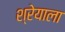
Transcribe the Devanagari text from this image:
श्रेयाला